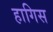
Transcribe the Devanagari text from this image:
हागिस